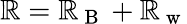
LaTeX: \mathbb{R}=\mathbb{R}_{\mathrm{{~B~}}}+\mathbb{R}_{\mathrm{{~w~}}}